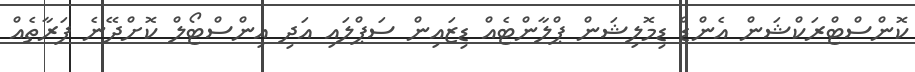
ކޮންސްޓްރަކްޝަން އެންޑް ޑިމޮލިޝަން ޕްލާންޓެއް ޑިޒައިން ސަޕްލައި އަދި އިންސްޓޯލް ކޮށްދޭނެ ފަރާތެއް